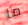
ما